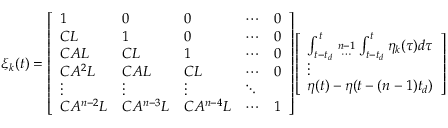
\xi _ { k } ( t ) = { \left[ \begin{array} { l l l l l } { 1 } & { 0 } & { 0 } & { \cdots } & { 0 } \\ { C L } & { 1 } & { 0 } & { \cdots } & { 0 } \\ { C A L } & { C L } & { 1 } & { \cdots } & { 0 } \\ { C A ^ { 2 } L } & { C A L } & { C L } & { \cdots } & { 0 } \\ { \vdots } & { \vdots } & { \vdots } & { \ddots } \\ { C A ^ { n - 2 } L } & { C A ^ { n - 3 } L } & { C A ^ { n - 4 } L } & { \cdots } & { 1 } \end{array} \right] } { \left[ \begin{array} { l } { \int _ { t - t _ { d } } ^ { t } { { n - 1 } \atop \cdots } \int _ { t - t _ { d } } ^ { t } \eta _ { k } ( \tau ) d \tau } \\ { \vdots } \\ { \eta ( t ) - \eta ( t - ( n - 1 ) t _ { d } ) } \end{array} \right] }